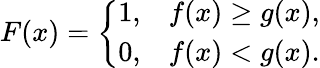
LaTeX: \begin{array}{r}{F(x)=\left\{ \begin{array}{ll}{1,}&{f(x)\geq g(x),}\\ {0,}&{f(x)<g(x).}\end{array}\right.}\end{array}